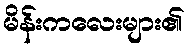
မိန်းကလေးများ၏